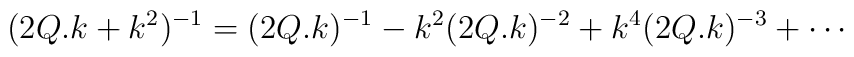
(2Q.k +k^2)^{-1} =(2Q.k)^{-1}-k^2 (2Q.k)^{-2} + k^4 (2Q.k)^{-3}+\cdots